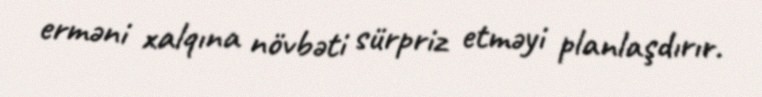
erməni xalqına növbəti sürpriz etməyi planlaşdırır.